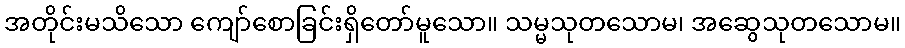
အတိုင်းမသိသော ကျော်စောခြင်းရှိတော်မူသော။ သမ္မသုတသောမ၊ အဆွေသုတသောမ။